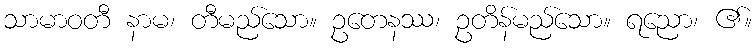
သာမာဝတီ နာမ၊ တီမည်သော။ ဥတေနဿ၊ ဥတိန်မည်သော။ ရညော၊ ၏။